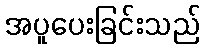
အပူပေးခြင်းသည်